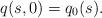
LaTeX: \begin{align*}q(s,0)=q_{0}(s).\end{align*}